Veterinary [1916] -
Year: 1916
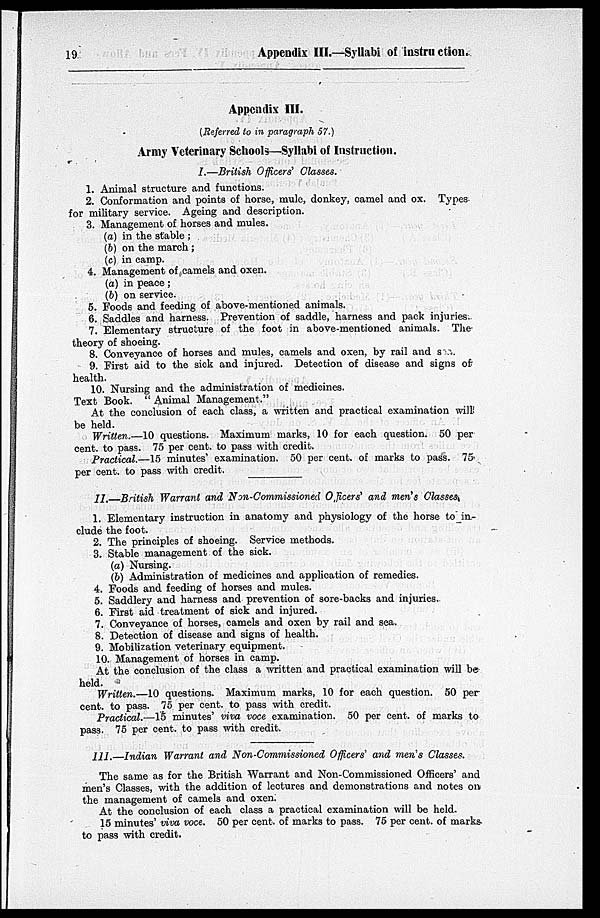
19
Appendix III.—Syllabi of instruction.
Appendix III.
(Referred to in paragraph 57.)
Army Veterinary Schools—Syllabi of Instruction.
I.—British Officers' Classes.
1. Animal structure and functions.
2. Conformation and points of horse, mule, donkey, camel and ox. Types
for military service. Ageing and description.
3. Management of horses and mules.
(a) in the stable ;
(b) on the march ;
(c) in camp.
4. Management of camels and oxen.
(a) in peace;
(b) on service.
5. Foods and feeding of above-mentioned animals.
6. Saddles and harness. Prevention of saddle, harness and pack injuries.
7. Elementary structure of the foot in above-mentioned animals. The
theory of shoeing.
8. Conveyance of horses and mules, camels and oxen, by rail and s
9. First aid to the sick and injured. Detection of disease and signs of
health.
10. Nursing and the administration of medicines.
Text Book. " Animal Management."
At the conclusion of each class, a written and practical examination will
be held.
Written.—10 questions. Maximum marks, 10 for each question. 50 per
cent. to pass. 75 per cent. to pass with credit.
Practical.—15 minutes' examination. 50 per cent. of marks to pass. 75
per cent. to pass with credit.
II.—British Warrant and Non-Commissioned Officers' and men's Classes.
1. Elementary instruction in anatomy and physiology of the horse to in-
clude the foot.
2. The principles of shoeing. Service methods.
3. Stable management of the sick.
(a) Nursing.
(b) Administration of medicines and application of remedies.
4. Foods and feeding of horses and mules.
5. Saddlery and harness and prevention of sore-backs and injuries.
6. First aid treatment of sick and injured.
7. Conveyance of horses, camels and oxen by rail and sea.
8. Detection of disease and signs of health.
9. Mobilization veterinary equipment.
10. Management of horses in camp.
At the conclusion of the class a written and practical examination will be
held.
Written.—10 questions. Maximum marks, 10 for each question. 50 per
cent. to pass. 75 per cent. to pass with credit.
Practical.—15 minutes' viva voce examination. 50 per cent. of marks to
pass. 75 per cent. to pass with credit.
III.—Indian Warrant and Non-Commissioned Officers' and men's Classes.
The same as for the British Warrant and Non-Commissioned Officers' and
men's Classes, with the addition of lectures and demonstrations and notes on
the management of camels and oxen.
At the conclusion of each class a practical examination will be held.
15 minutes' viva voce. 50 per cent. of marks to pass. 75 per cent. of marks
to pass with credit.